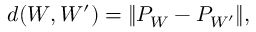
d ( W , W ^ { \prime } ) = \lVert P _ { W } - P _ { W ^ { \prime } } \rVert ,